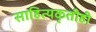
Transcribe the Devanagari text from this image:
साहित्यकृतीही